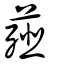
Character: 䪥